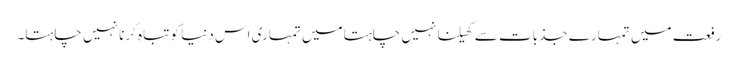
رفعت میں تمہارے جذبات سے کھیلنا نہیں چاہتا میں تمہاری اس دنیا کو تباہ کرنا نہیں چاہتا۔